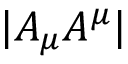
| A _ { \mu } A ^ { \mu } |